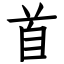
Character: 首